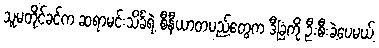
သူမတိုင်ခင်က ဆရာမင်းသိင်္ခရဲ့ စီနီယာတပည့်တွေက ဒီခြံကို ဦးစီးခဲ့ပေမယ့်